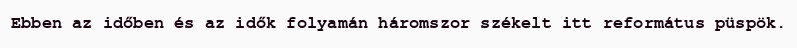
Ebben az időben és az idők folyamán háromszor székelt itt református püspök.